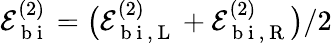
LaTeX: \mathcal{E}_{\mathrm{~b~i~}}^{(2)}=\big(\mathcal{E}_{\mathrm{~b~i~},\mathrm{~L~}}^{(2)}+\mathcal{E}_{\mathrm{~b~i~},\mathrm{~R~}}^{(2)}\big)/2